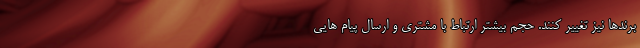
برندها نیز تغییر کنند. حجم بیشتر ارتباط با مشتری و ارسال پیام هایی